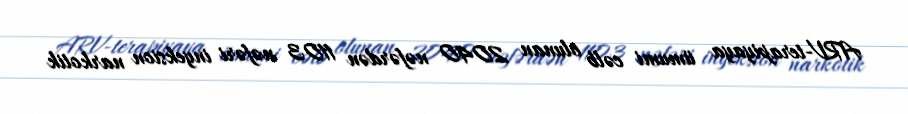
ARV-terapiyaya ümumi cəlb olunan 2040 nəfərdən 1103 nəfəri inyeksion narkotik